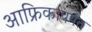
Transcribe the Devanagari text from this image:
आफ्रिकापर्यंत